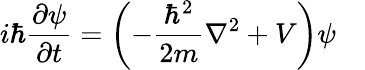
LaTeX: i\hbar{\frac{\partial\psi}{\partial t}}=\left(-{\frac{\hbar^{2}}{2m}}\nabla^{2}+V\right)\psi\quad